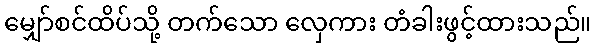
မျှော်စင်ထိပ်သို့ တက်သော လှေကား တံခါးဖွင့်ထားသည်။